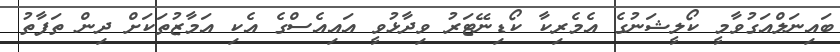
ބައިނަލްއަގުވާމީ ކޯލީޝަނުގެ އެމެރިކާ ކޯޑިނޭޓަރު ވިދާޅުވީ އައިއެސްގެ އެކި އަމާޒުތަކަށް ދިން ތަފާތު